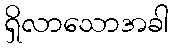
ရှိလာသောအခါ